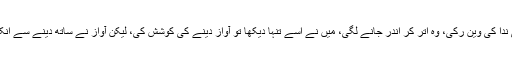
جیسے ہی ندا کی وین رکی، وہ اتر کر اندر جانے لگی، میں نے اسے تنہا دیکھا تو آواز دینے کی کوشش کی، لیکن آواز نے ساتھ دینے سے انکار کر دیا۔